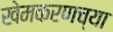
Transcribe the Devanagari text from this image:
खेमकरणच्या